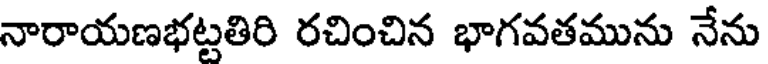
నారాయణభట్టతిరి రచించిన భాగవతమును నేను